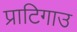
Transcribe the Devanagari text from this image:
प्राटिगाउ